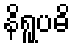
နိရူပဓိ